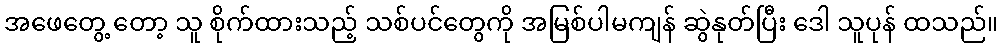
အဖေတွေ့ တော့ သူ စိုက်ထားသည့် သစ်ပင်တွေကို အမြစ်ပါမကျန် ဆွဲနုတ်ပြီး ဒေါ သူပုန် ထသည်။